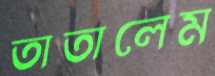
তাতালেম